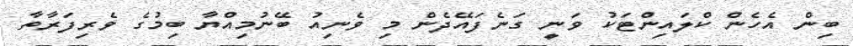
ބިން އެހެން ކްލައިންޓަކު ވަނީ ގަނެފައޭދެން މި ވެނިއު ބޭނުމިއްޔާ ބިމުގެ ވެރިފަރާތާ